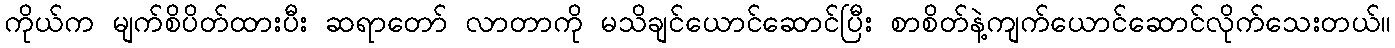
ကိုယ်က မျက်စိပိတ်ထားပီး ဆရာတော် လာတာကို မသိချင်ယောင်ဆောင်ပြီး စာစိတ်နဲ့ကျက်ယောင်ဆောင်လိုက်သေးတယ်။